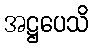
အဋ္ဌပေသိ